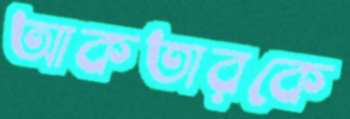
আকতারকে